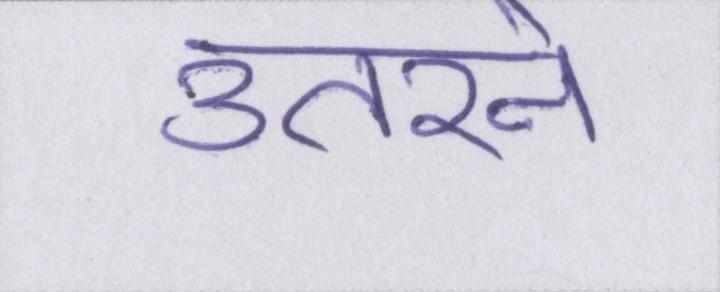
उतरने